65_HS1-834228961_62-HQ-83894_Section_9
Agency: FBI
Page 43
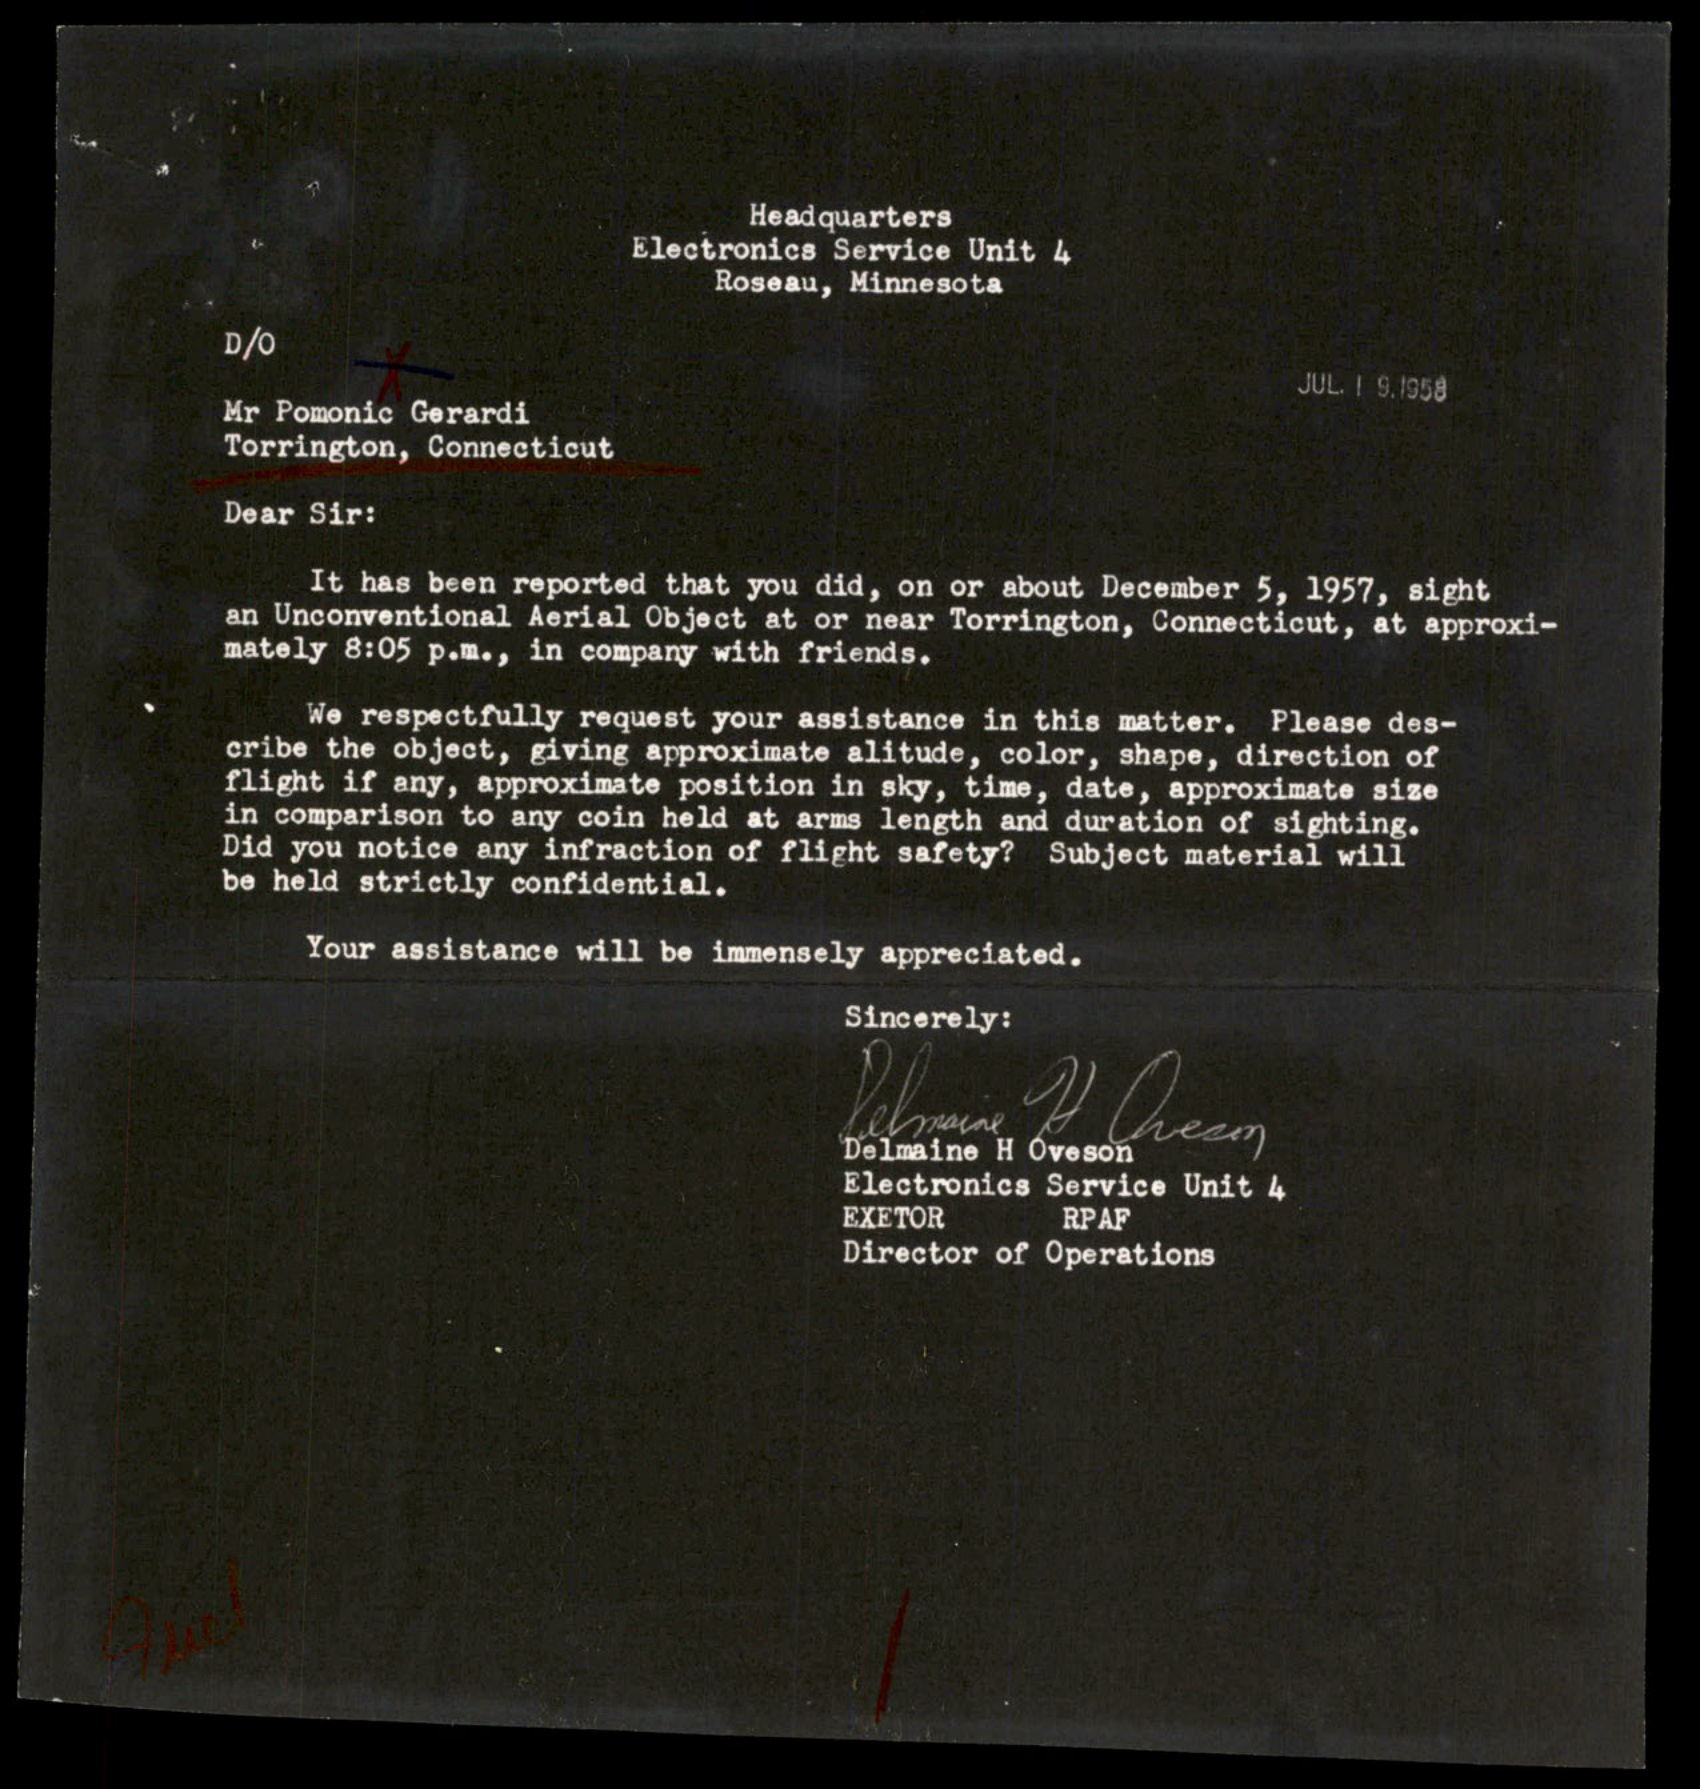